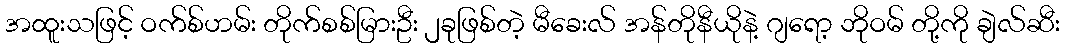
အထူးသဖြင့် ဝက်စ်ဟမ်း တိုက်စစ်မြားဦး ၂ခုဖြစ်တဲ့ မီခေးလ် အန်တိုနီယိုနဲ့ ဂျရော့ ဘိုဝမ် တို့ကို ချဲလ်ဆီး